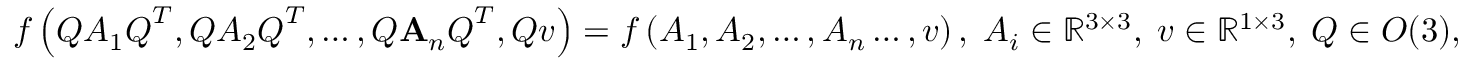
f \left( \boldsymbol { Q } \boldsymbol { A } _ { 1 } \boldsymbol { Q } ^ { T } , \boldsymbol { Q } \boldsymbol { A } _ { 2 } \boldsymbol { Q } ^ { T } , \ldots , \boldsymbol { Q } \mathbf { A } _ { n } \boldsymbol { Q } ^ { T } , \boldsymbol { Q } \boldsymbol { v } \right) = f \left( \boldsymbol { A } _ { 1 } , \boldsymbol { A } _ { 2 } , \ldots , \boldsymbol { A } _ { n } \ldots , \boldsymbol { v } \right) , \; \boldsymbol { A } _ { i } \in \mathbb { R } ^ { 3 \times 3 } , \; \boldsymbol { v } \in \mathbb { R } ^ { 1 \times 3 } , \; \boldsymbol { Q } \in O ( 3 ) ,